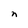
Character: n